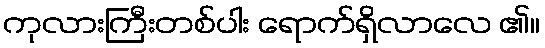
ကုလားကြီးတစ်ပါး ရောက်ရှိလာလေ ၏။